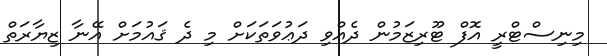
މިނިސްޓްރީ އޮފް ޓޫރިޒަމުން ދެއްވި ދަޢުވަތަކަށް މި ދެ ޤައުމަށް އޭނާ ޒިޔާރަތް